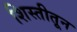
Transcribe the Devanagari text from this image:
शिस्तीतून